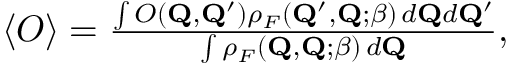
\begin{array} { r } { \langle { \cal O } \rangle = \frac { \int O ( \mathbf { Q } , \mathbf { Q } ^ { \prime } ) \rho _ { F } ( \mathbf { Q } ^ { \prime } , \mathbf { Q } ; \beta ) \, d \mathbf { Q } d \mathbf { Q } ^ { \prime } } { \int \rho _ { F } ( \mathbf { Q } , \mathbf { Q } ; \beta ) \, d \mathbf { Q } } , } \end{array}